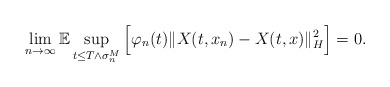
\begin{align*}\lim_{n\rightarrow\infty}\mathbb{E} \sup_{t\leq T\wedge\sigma_n^M} \Big[ \varphi_n(t) \Vert X(t,x_n) - X(t,x) \Vert_H^2 \Big] = 0.\end{align*}